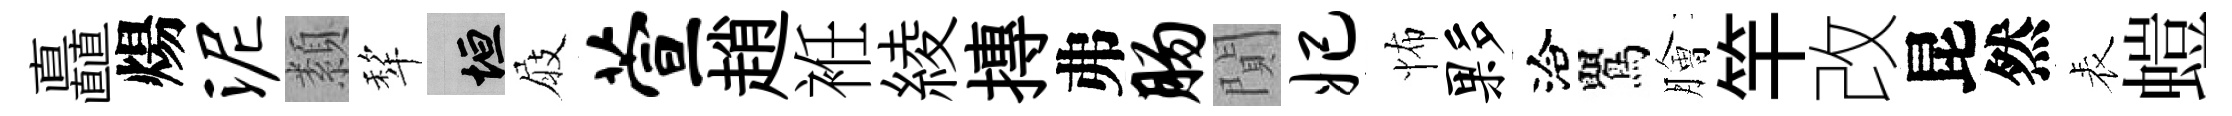
矗煬泥纇犂垣屐萱趙袵綾摶弗肠閴妃怖夥洽鸎膾竿改昆然表螘